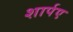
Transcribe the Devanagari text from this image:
शार्पए